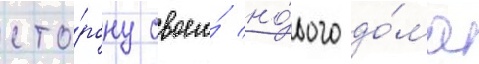
сто́рону своего́ но́вого до́ма